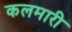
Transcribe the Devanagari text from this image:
कलमारी